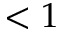
< 1